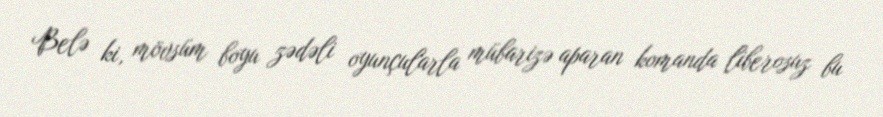
Belə ki, mövsüm boyu zədəli oyunçularla mübarizə aparan komanda liberosuz bu